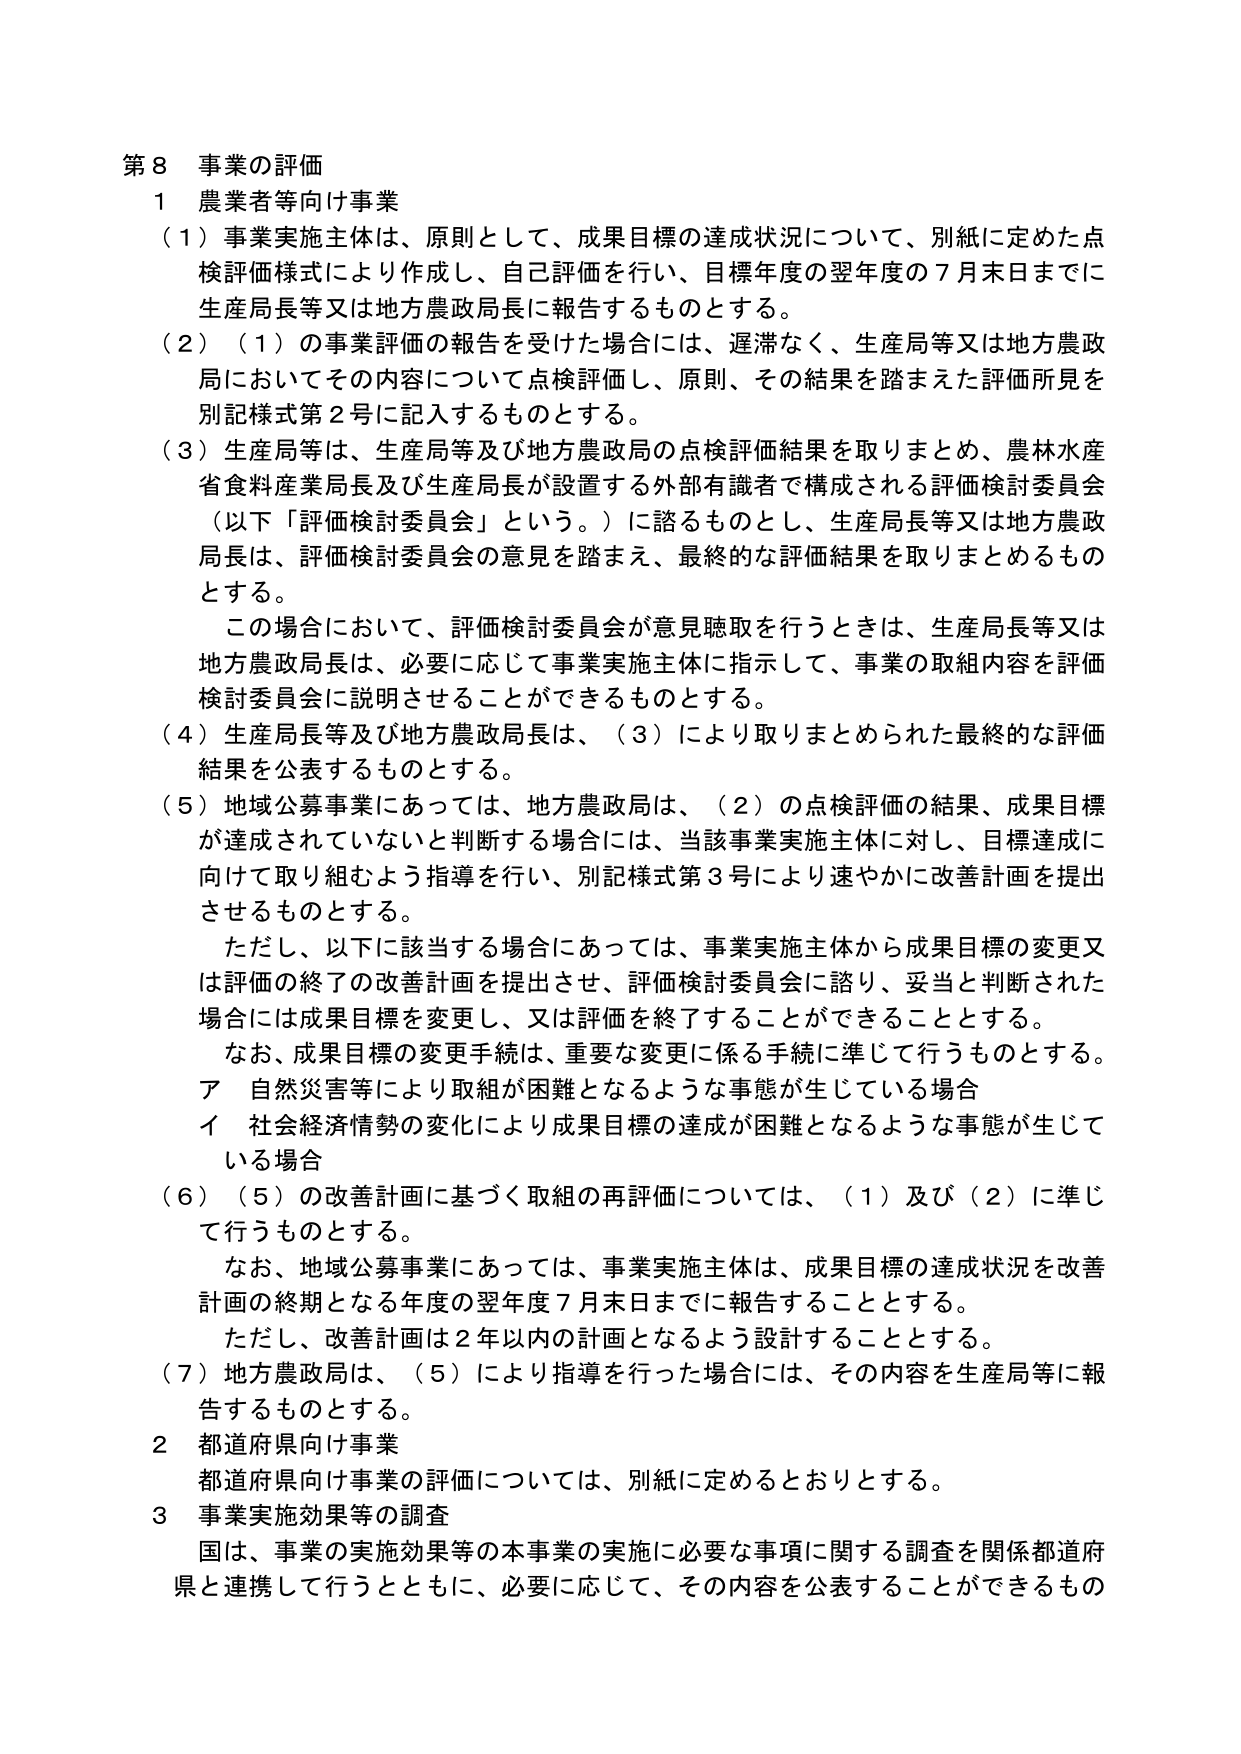
第８ 事業の評価

１ 農業者等向け事業

（１）事業実施主体は、原則として、成果目標の達成状況について、別紙に定めた点検評価様式により作成し、自己評価を行い、目標年度の翌年度の７月末日までに生産局長等又は地方農政局長に報告するものとする。

（２）（１）の事業評価の報告を受けた場合には、遅滞なく、生産局等又は地方農政局においてその内容について点検評価し、原則、その結果を踏まえた評価所見を別記様式第２号に記入するものとする。

（３）生産局等は、生産局等及び地方農政局の点検評価結果を取りまとめ、農林水産省食料産業局長及び生産局長が設置する外部有識者で構成される評価検討委員会（以下「評価検討委員会」という。）に諮るものとし、生産局長等又は地方農政局長は、評価検討委員会の意見を踏まえ、最終的な評価結果を取りまとめるものとする。

この場合において、評価検討委員会が意見聴取を行うときは、生産局長等又は地方農政局長は、必要に応じて事業実施主体に指示して、事業の取組内容を評価検討委員会に説明させることができるものとする。

（４）生産局長等及び地方農政局長は、（３）により取りまとめられた最終的な評価結果を公表するものとする。

（５）地域公募事業にあっては、地方農政局は、（２）の点検評価の結果、成果目標が達成されていないと判断する場合には、当該事業実施主体に対し、目標達成に向けて取り組むよう指導を行い、別記様式第３号により速やかに改善計画を提出させるものとする。

ただし、以下に該当する場合にあっては、事業実施主体から成果目標の変更又は評価の終了の改善計画を提出させ、評価検討委員会に諮り、妥当と判断された場合には成果目標を変更し、又は評価を終了することができることとする。

なお、成果目標の変更手続は、重要な変更に係る手続に準じて行うものとする。

ア 自然災害等により取組が困難となるような事態が生じている場合

イ 社会経済情勢の変化により成果目標の達成が困難となるような事態が生じている場合

（６）（５）の改善計画に基づく取組の再評価については、（１）及び（２）に準じて行うものとする。

なお、地域公募事業にあっては、事業実施主体は、成果目標の達成状況を改善計画の終期となる年度の翌年度７月末日までに報告することとする。

ただし、改善計画は２年以内の計画となるよう設計することとする。

（７）地方農政局は、（５）により指導を行った場合には、その内容を生産局等に報告するものとする。

２ 都道府県向け事業

都道府県向け事業の評価については、別紙に定めるとおりとする。

３ 事業実施効果等の調査

国は、事業の実施効果等の本事業の実施に必要な事項に関する調査を関係都道府県と連携して行うとともに、必要に応じて、その内容を公表することができるもの